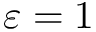
\varepsilon = 1